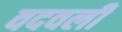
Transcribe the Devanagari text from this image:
वदवली